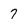
Character: 7